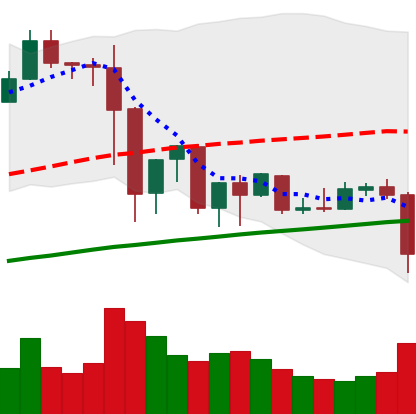
Ticker: EOS-USD
Chart end date: 2019-07-10
Forward return: -18.332%
Label: down_7plus